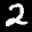
Label: 2